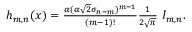
\begin{array} { r } { h _ { m , n } ( x ) = \frac { \alpha ( \alpha \sqrt { 2 } \sigma _ { n - m } ) ^ { m - 1 } } { ( m - 1 ) ! } \frac { 1 } { 2 \sqrt { \pi } } \ I _ { m , n } . } \end{array}